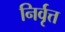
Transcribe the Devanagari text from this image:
निर्वृत्त